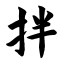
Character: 拌